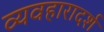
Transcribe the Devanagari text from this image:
व्‍यवहारादर्श